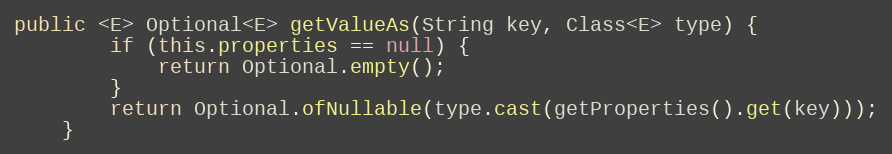
Language: Java
public <E> Optional<E> getValueAs(String key, Class<E> type) {
        if (this.properties == null) {
            return Optional.empty();
        }
        return Optional.ofNullable(type.cast(getProperties().get(key)));
    }